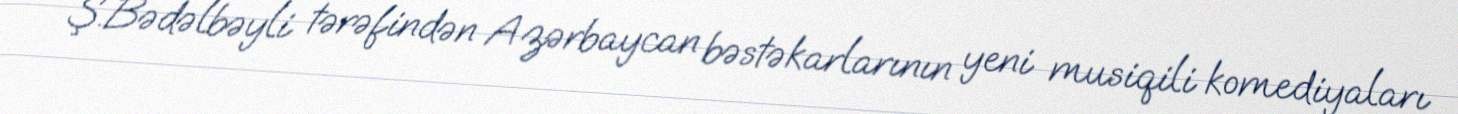
Ş.Bədəlbəyli tərəfindən Azərbaycan bəstəkarlarının yeni musiqili komediyaları